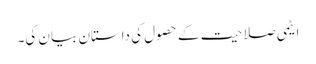
ایٹمی صلاحیت کے حصول کی داستان بیان کی۔